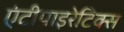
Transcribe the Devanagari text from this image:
एंटीपाइरेटिक्स